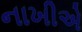
નાખીએ